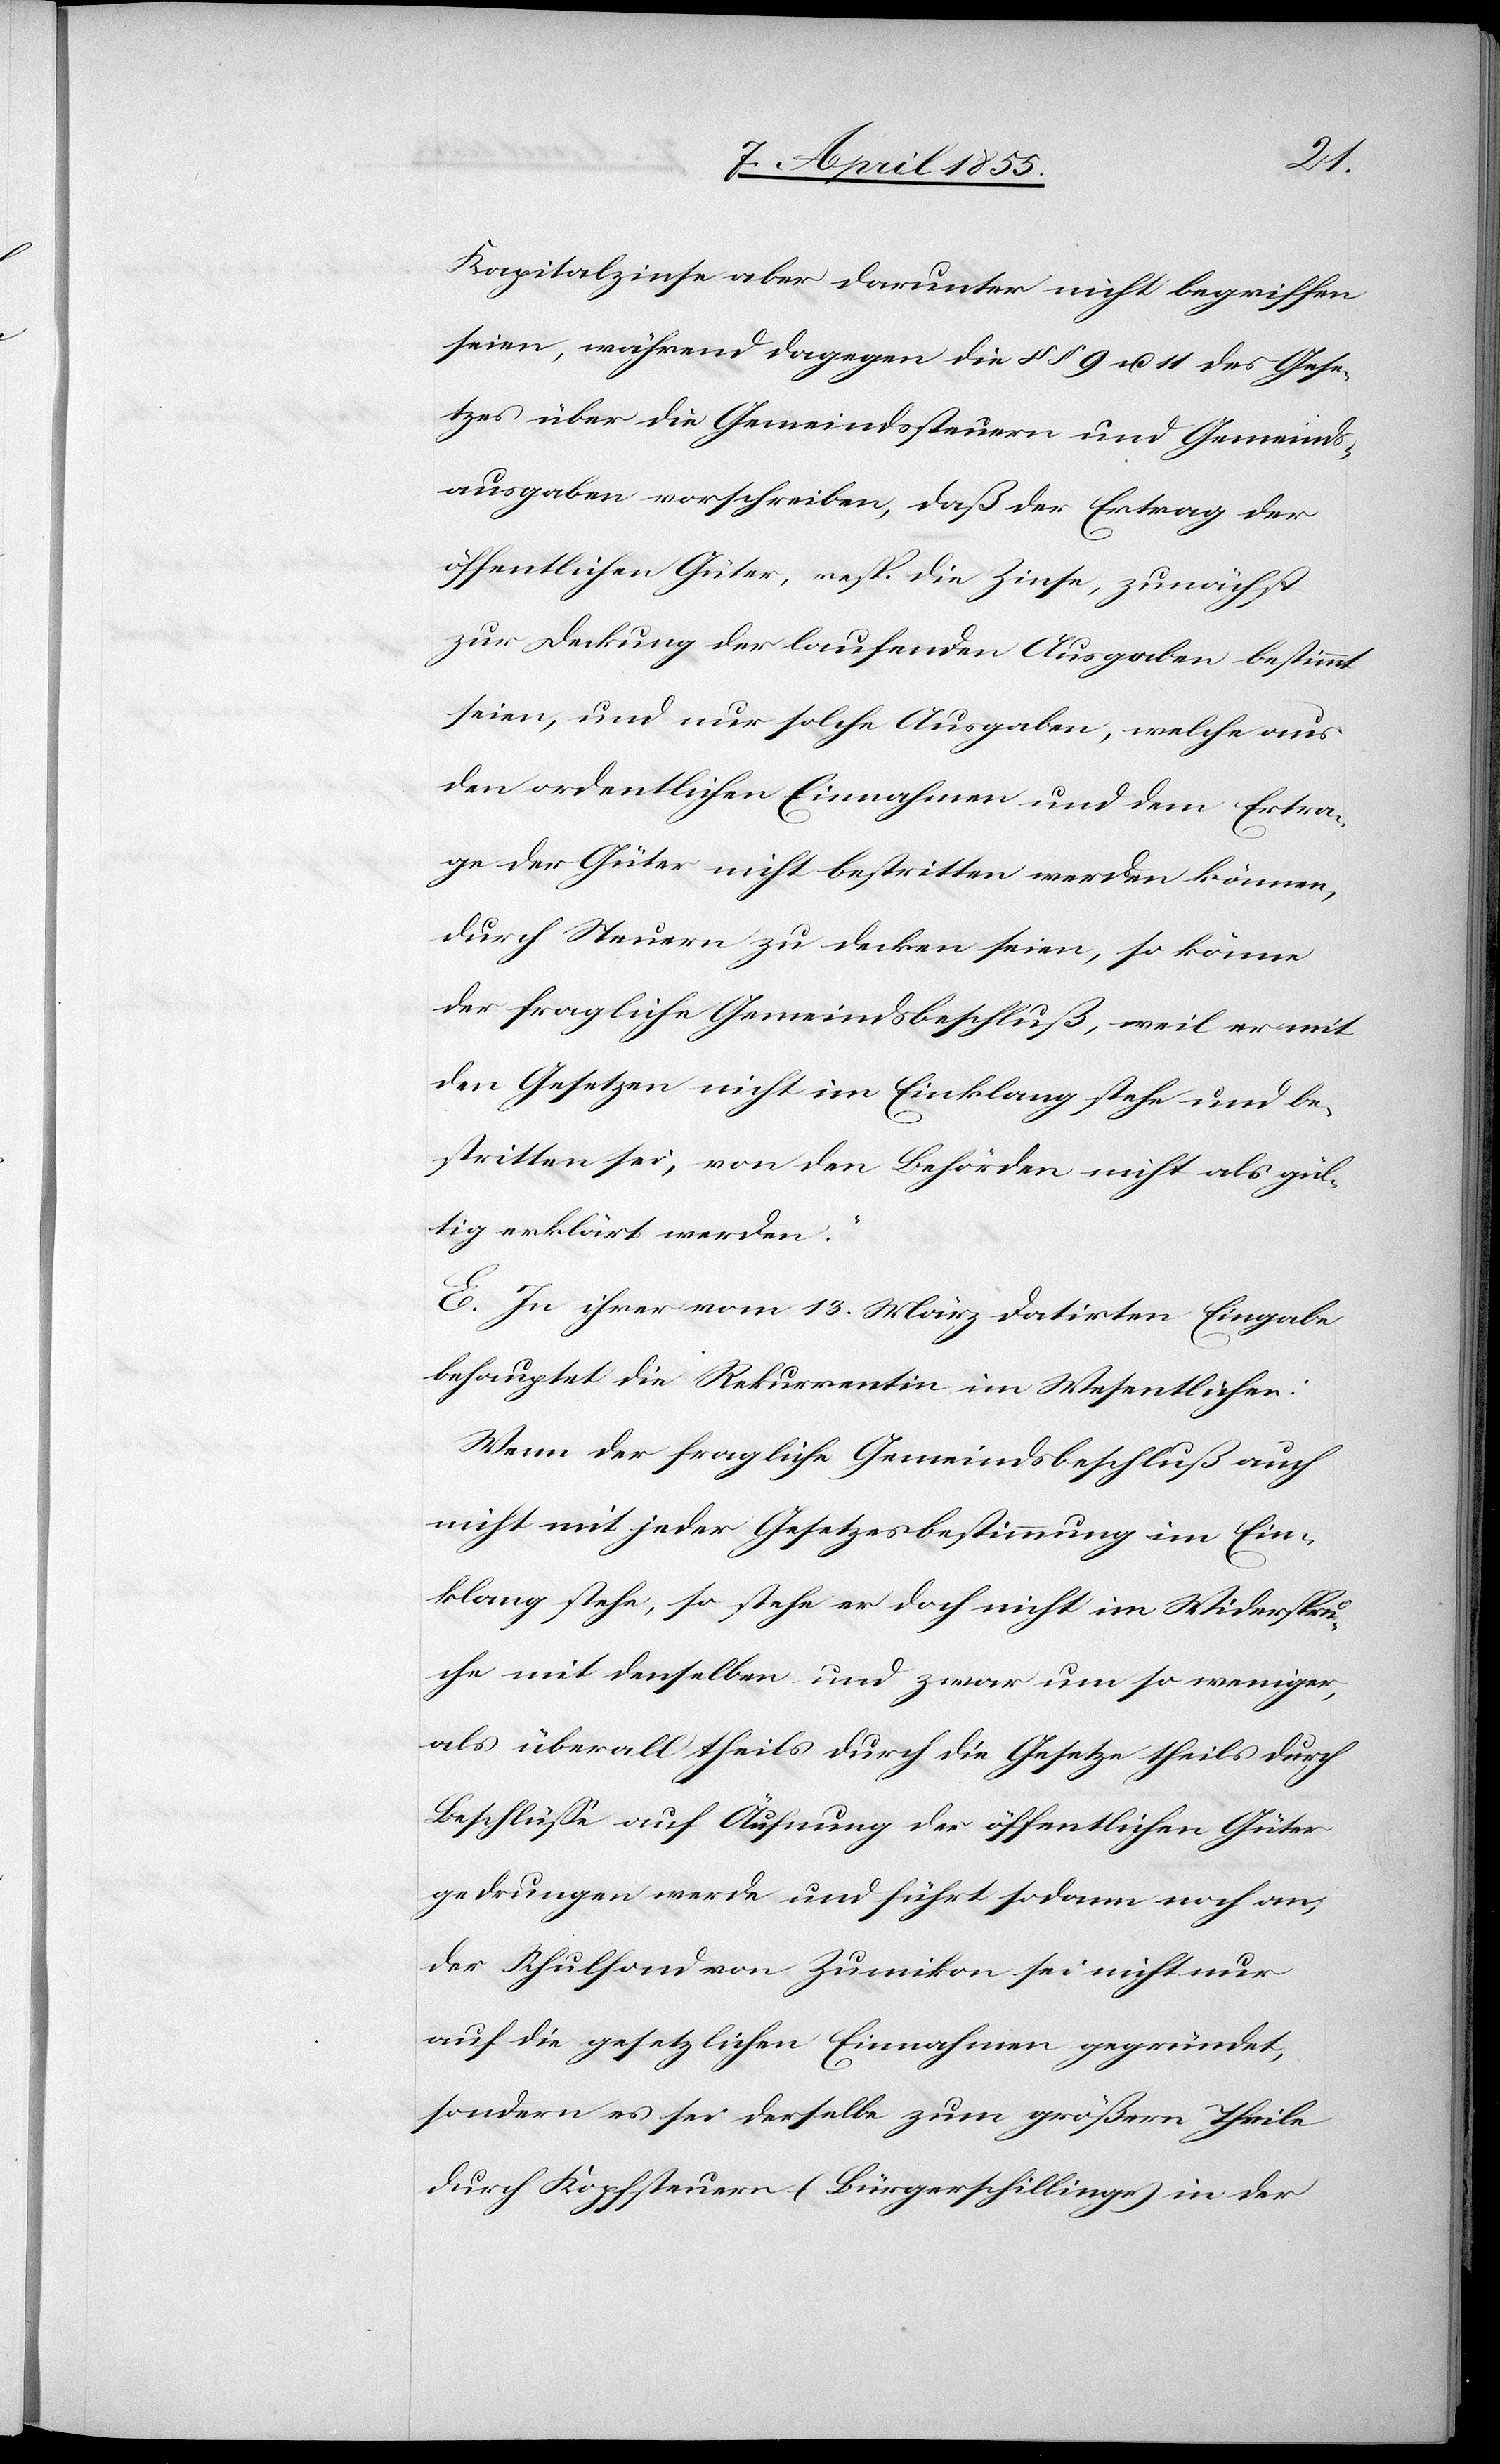
Kapitalzinse aber darunter nicht begriffen
seien, während dagegen die §§ 9 u. 11 des Gese¬
tzes über die Gemeindssteuern und Gemeinds¬
ausgaben vorschreiben, daß der Ertrag der
öffentlichen Güter, resp. die Zinse, zunächst
zur Deckung der laufenden Ausgaben bestimmt
seien, und nur solche Ausgaben, welche aus
den ordentlichen Einnahmen und dem Ertra¬
ge der Güter nicht bestritten werden können,
durch Steuern zu decken seien, so könne
der fragliche Gemeindsbeschluß, weil er mit
den Gesetzen nicht im Einklang stehe und be¬
stritten sei, von den Behörden nicht als gül¬
tig erklärt werden.“
E. In ihrer vom 13. März datirten Eingabe
behauptet die Rekurrentin im Wesentlichen:
Wenn der fragliche Gemeindsbeschluß auch
nicht mit jeder Gesetzesbestimmung im Ein¬
klang stehe, so stehe er doch nicht im Widerspru¬
che mit denselben und zwar um so weniger,
als überall theils durch die Gesetze theils durch
Beschlüsse auf Äufnung der öffentlichen Güter
gedrungen werde und führt sodann noch an,
der Schulfond von Zumikon sei nicht nur
auf die gesetzlichen Einnahmen gegründet,
sondern es sei derselbe zum größern Theile
durch Kopfsteuern (Bürgerschillinge) in der